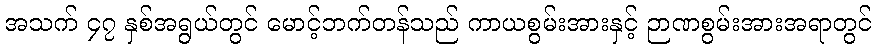
အသက် ၄၇ နှစ်အရွယ်တွင် မောင့်ဘက်တန်သည် ကာယစွမ်းအားနှင့် ဉာဏစွမ်းအားအရာတွင်